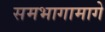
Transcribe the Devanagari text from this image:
समभागामागे